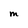
Character: M